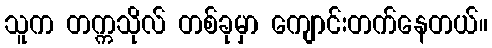
သူက တက္ကသိုလ် တစ်ခုမှာ ကျောင်းတက်နေတယ်။